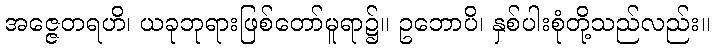
အဇ္ဇေတရဟိ၊ ယခုဘုရားဖြစ်တော်မူရာ၌။ ဥဘောပိ၊ နှစ်ပါးစုံတို့သည်လည်း။